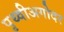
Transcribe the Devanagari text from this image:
पृथ्वीअगोदर